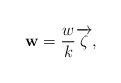
LaTeX: \begin{align*}\mathbf{w}=\frac{w}{k}\overrightarrow{\zeta},\end{align*}